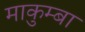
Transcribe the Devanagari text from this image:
माकुम्बा